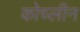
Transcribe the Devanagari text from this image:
कोच्लीन